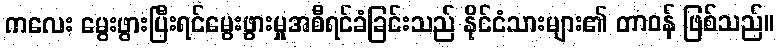
ကလေး မွေးဖွားပြီးရင်မွေးဖွားမှုအစီရင်ခံခြင်းသည် နိုင်ငံသားများ၏ တာဝန် ဖြစ်သည်။